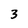
Character: 3